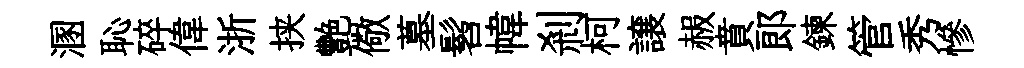
溷恥碎偉浙挟艷儆墓髫幃剎柯譲赧賁郎鍊管秀慘